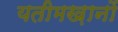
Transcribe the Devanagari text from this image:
यतीमख़ानों